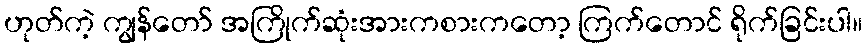
ဟုတ်ကဲ့ ကျွန်တော် အကြိုက်ဆုံးအားကစားကတော့ ကြက်တောင် ရိုက်ခြင်းပါ။